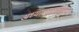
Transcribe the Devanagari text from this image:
अध्यात्मासारखा